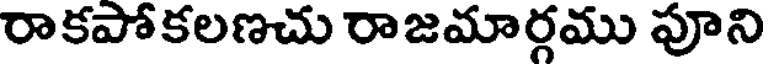
రాకపోకలణచు రాజమార్గము పూని